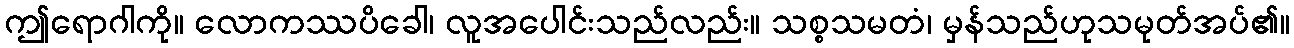
ဤရောဂါကို။ လောကဿပိခေါ၊ လူအပေါင်းသည်လည်း။ သစ္စသမတံ၊ မှန်သည်ဟုသမုတ်အပ်၏။